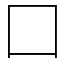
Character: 囗